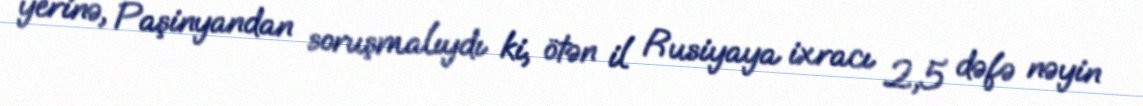
yerinə, Paşinyandan soruşmalıydı ki, ötən il Rusiyaya ixracı 2,5 dəfə nəyin